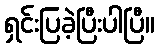
ရှင်းပြခဲ့ပြီးပါပြီ။